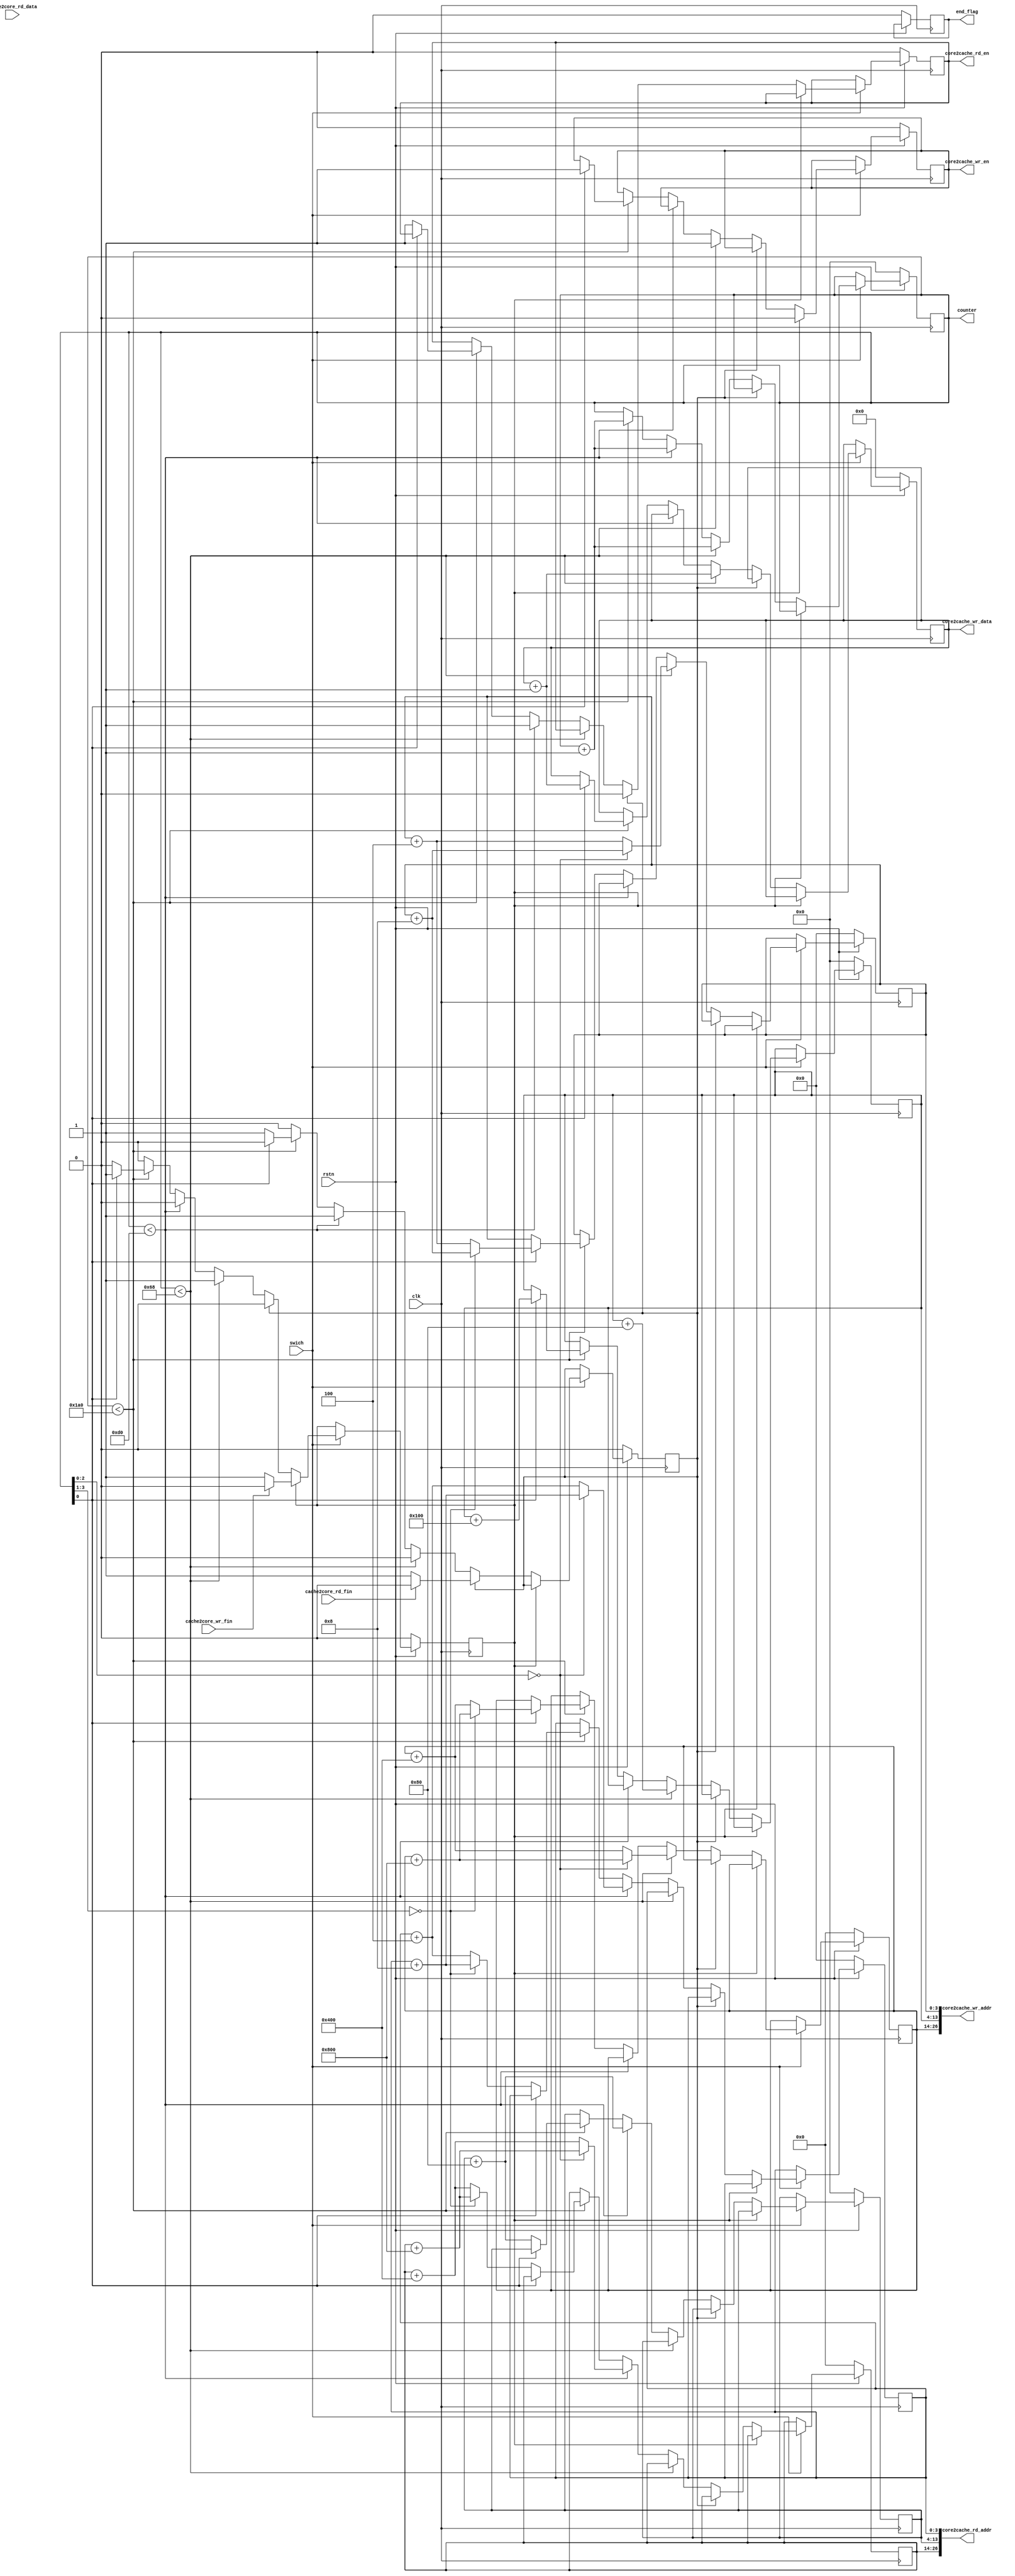
module cache_debug_core (
    input clk, rstn,
    input wire cache2core_wr_fin,
    input wire cache2core_rd_fin,
    input wire [31:0] cache2core_rd_data,
    output wire [26:0] core2cache_rd_addr,
    output wire [26:0] core2cache_wr_addr,
    output reg [31:0] core2cache_wr_data,
    output reg core2cache_rd_en,
    output reg core2cache_wr_en,
    (* mark_debug = "true" *) input wire swich,
    output reg end_flag,
    (* mark_debug = "true" *) output reg [9:0] counter
);

reg wr_wait;
reg rd_wait;

(* mark_debug = "true" *) reg [31:0] clk_counter;

reg [12:0] core2cache_rd_addr_tag;
reg [9:0] core2cache_rd_addr_index;
reg [3:0] core2cache_rd_addr_offset;
assign core2cache_rd_addr = {core2cache_rd_addr_tag, core2cache_rd_addr_index, core2cache_rd_addr_offset};

reg [12:0] core2cache_wr_addr_tag;
reg [9:0] core2cache_wr_addr_index;
reg [3:0] core2cache_wr_addr_offset;
assign core2cache_wr_addr = {core2cache_wr_addr_tag, core2cache_wr_addr_index, core2cache_wr_addr_offset};

// (* mark_debug = "true" *) reg [9:0] counter;

reg swich_flag;

always @(posedge clk) begin
    if (~rstn) begin
        core2cache_wr_data <= 32'd0;
        core2cache_rd_en <= 1'b0;
        core2cache_wr_en <= 1'b0;
        wr_wait <= 1'b0;
        rd_wait <= 1'b0;
        core2cache_rd_addr_tag <= 13'd0;
        core2cache_rd_addr_index <= 10'd0;
        core2cache_rd_addr_offset <= 4'd0;
        core2cache_wr_addr_tag <= 13'd0;
        core2cache_wr_addr_index <= 10'd0;
        core2cache_wr_addr_offset <= 4'd0;
        counter <= 10'd0;
        swich_flag <= 1'b0;
        end_flag <= 1'b0;
        clk_counter <= 32'd0;
    end else if (swich) begin
        clk_counter <= clk_counter + 32'd1;
        if (wr_wait) begin
            core2cache_wr_en <= 1'b0;
            core2cache_wr_data <= core2cache_wr_data;
            core2cache_rd_addr_tag <= core2cache_rd_addr_tag;
            core2cache_rd_addr_index <= core2cache_rd_addr_index;
            core2cache_rd_addr_offset <= core2cache_rd_addr_offset;
            core2cache_wr_addr_tag <= core2cache_wr_addr_tag;
            core2cache_wr_addr_index <= core2cache_wr_addr_index;
            core2cache_wr_addr_offset <= core2cache_wr_addr_offset;
            if (cache2core_wr_fin) begin
                wr_wait <= 1'b0;
            end else begin
                wr_wait <= 1'b1;
            end
        end else if (rd_wait) begin
            core2cache_rd_en <= 1'b0;
            core2cache_wr_data <= core2cache_wr_data;
            core2cache_rd_addr_tag <= core2cache_rd_addr_tag;
            core2cache_rd_addr_index <= core2cache_rd_addr_index;
            core2cache_rd_addr_offset <= core2cache_rd_addr_offset;
            core2cache_wr_addr_tag <= core2cache_wr_addr_tag;
            core2cache_wr_addr_index <= core2cache_wr_addr_index;
            core2cache_wr_addr_offset <= core2cache_wr_addr_offset;
            if (cache2core_rd_fin) begin
                rd_wait <= 1'b0;
            end else begin
                rd_wait <= 1'b1;
            end
        // end else if (counter == 10'd0) begin
        //     counter <= counter + 10'd1;
        //     core2cache_wr_addr_tag <= {3'd0, 4'h0, 6'd0};
        //     core2cache_wr_addr_index <= {6'd0, 4'h0};
        //     core2cache_wr_addr_offset <= {2'b00, 2'd0};
        //     core2cache_wr_en <= 1'b1;
        //     core2cache_wr_data <= 32'h0000ffff;
        //     wr_wait <= 1'b1;
        // end else if (counter == 10'd1) begin
        //     counter <= counter + 10'd1;
        //     core2cache_wr_addr_tag <= {3'd0, 4'h0, 6'd0};
        //     core2cache_wr_addr_index <= {6'd0, 4'h4};
        //     core2cache_wr_addr_offset <= {2'b01, 2'd0};
        //     core2cache_wr_en <= 1'b1;
        //     core2cache_wr_data <= 32'h0000ff00;
        //     wr_wait <= 1'b1;
        // end else if (counter == 10'd2) begin
        //     counter <= counter + 10'd1;
        //     core2cache_wr_addr_tag <= {3'd0, 4'h0, 6'd0};
        //     core2cache_wr_addr_index <= {6'd0, 4'h4};
        //     core2cache_wr_addr_offset <= {2'b11, 2'd0};
        //     core2cache_wr_en <= 1'b1;
        //     core2cache_wr_data <= 32'h00003333;
        //     wr_wait <= 1'b1;
        // end else if (counter == 10'd3) begin
        //     counter <= counter + 10'd1;
        //     core2cache_wr_addr_tag <= {3'd0, 4'h0, 6'd0};
        //     core2cache_wr_addr_index <= {6'd0, 4'h8};
        //     core2cache_wr_addr_offset <= {2'b11, 2'd0};
        //     core2cache_wr_en <= 1'b1;
        //     core2cache_wr_data <= 32'h0000f80f;
        //     wr_wait <= 1'b1;
        // end else if (counter == 10'd4) begin
        //     counter <= counter + 10'd1;
        //     core2cache_wr_addr_tag <= {3'd0, 4'h0, 6'd0};
        //     core2cache_wr_addr_index <= {6'd0, 4'h8};
        //     core2cache_wr_addr_offset <= {2'b10, 2'd0};
        //     core2cache_wr_en <= 1'b1;
        //     core2cache_wr_data <= 32'h00001234;
        //     wr_wait <= 1'b1;
        // end else if (counter == 10'd5) begin
        //     counter <= counter + 10'd1;
        //     core2cache_wr_addr_tag <= {3'd0, 4'h0, 6'd0};
        //     core2cache_wr_addr_index <= {6'd0, 4'h0};
        //     core2cache_wr_addr_offset <= {2'b11, 2'd0};
        //     core2cache_wr_en <= 1'b1;
        //     core2cache_wr_data <= 32'h0000aaaa;
        //     wr_wait <= 1'b1;
        // end else if (counter == 10'd6) begin
        //     counter <= counter + 10'd1;
        //     core2cache_rd_addr_tag <= {3'd0, 4'h0, 6'd0};
        //     core2cache_rd_addr_index <= {6'd0, 4'h0};
        //     core2cache_rd_addr_offset <= {2'b00, 2'd0};
        //     core2cache_rd_en <= 1'b1;
        //     rd_wait <= 1'b1;
        // end else if (counter == 10'd7) begin
        //     counter <= counter + 10'd1;
        //     core2cache_rd_addr_tag <= {3'd0, 4'h0, 6'd0};
        //     core2cache_rd_addr_index <= {6'd0, 4'h4};
        //     core2cache_rd_addr_offset <= {2'b11, 2'd0};
        //     core2cache_rd_en <= 1'b1;
        //     rd_wait <= 1'b1;
        // end else if (counter == 10'd8) begin
        //     counter <= counter + 10'd1;
        //     core2cache_wr_addr_tag <= {3'd0, 4'h4, 6'd0};
        //     core2cache_wr_addr_index <= {6'd0, 4'h4};
        //     core2cache_wr_addr_offset <= {2'b00, 2'd0};
        //     core2cache_wr_en <= 1'b1;
        //     core2cache_wr_data <= 32'h00009999;
        //     wr_wait <= 1'b1;
        // end else if (counter == 10'd9) begin
        //     counter <= counter + 10'd1;
        //     core2cache_rd_addr_tag <= {3'd0, 4'h0, 6'd0};
        //     core2cache_rd_addr_index <= {6'd0, 4'h4};
        //     core2cache_rd_addr_offset <= {2'b01, 2'd0};
        //     core2cache_rd_en <= 1'b1;
        //     rd_wait <= 1'b1;
        // end else if (counter > 10'd100) begin
        //     counter <= 10'd0;
        // end else begin
        //     end_flag <= 1'b1;
        //     counter <= counter +10'd1;
        // end
        // end else if (counter < 10'd100) begin
        //     counter <= counter + 10'd1;
        //     core2cache_wr_addr_tag <= core2cache_wr_addr_tag + 13'b0000100000000;
        //     core2cache_wr_addr_index <= core2cache_wr_addr_index + 10'b0101000000;
        //     core2cache_wr_addr_offset <= core2cache_wr_addr_offset + 4'b1100;
        //     core2cache_wr_en <= 1'b1;
        //     core2cache_wr_data <= core2cache_wr_data + 32'd1;
        //     wr_wait <= 1'b1;
        // end else if (counter < 10'd200) begin
        //     counter <= counter + 10'd1;
        //     core2cache_rd_addr_tag <= core2cache_rd_addr_tag + 13'b0000100000000;
        //     core2cache_rd_addr_index <= core2cache_rd_addr_index + 10'b0101000000;
        //     core2cache_rd_addr_offset <= core2cache_rd_addr_offset + 4'b1100;
        //     core2cache_rd_en <= 1'b1;
        //     rd_wait <= 1'b1;
        // end else if (counter < 10'd400) begin
        //     counter <= counter + 10'd1;
        //     if (counter[0]) begin
        //         core2cache_wr_addr_tag <= core2cache_wr_addr_tag + 13'b0000100000000;
        //         core2cache_wr_addr_index <= core2cache_wr_addr_index + 10'b01010000000;
        //         core2cache_wr_addr_offset <= core2cache_wr_addr_offset + 4'b1100;
        //         core2cache_wr_en <= 1'b1;
        //         core2cache_wr_data <= core2cache_wr_data + 32'd1;
        //         wr_wait <= 1'b1;
        //     end else begin
        //         core2cache_rd_addr_tag <= core2cache_rd_addr_tag + 13'b0000100000000;
        //         core2cache_rd_addr_index <= core2cache_rd_addr_index + 10'b0101000000;
        //         core2cache_rd_addr_offset <= core2cache_rd_addr_offset + 4'b1100;
        //         core2cache_rd_en <= 1'b1;
        //         rd_wait <= 1'b1;
        //     end
        end else if (counter < 10'd104) begin
            counter <= counter + 10'd1;
            if (counter[2:0] == 3'b000) core2cache_wr_addr_tag <= core2cache_wr_addr_tag + 13'b0100000000000;
            else core2cache_wr_addr_tag <= core2cache_wr_addr_tag + 13'b0010000000000;
            core2cache_wr_addr_index <= core2cache_wr_addr_index + 10'b0010000000;
            if (counter[2:0] == 3'b000) core2cache_wr_addr_offset <= core2cache_wr_addr_offset + 4'b1000;
            else core2cache_wr_addr_offset <= core2cache_wr_addr_offset + 4'b0100;
            core2cache_wr_en <= 1'b1;
            core2cache_wr_data <= core2cache_wr_data + 32'd1;
            wr_wait <= 1'b1;
        end else if (counter < 10'd208) begin
            counter <= counter + 10'd1;
            if (counter[2:0] == 3'b000) core2cache_rd_addr_tag <= core2cache_rd_addr_tag + 13'b0100000000000;
            else core2cache_rd_addr_tag <= core2cache_rd_addr_tag + 13'b0010000000000;
            core2cache_rd_addr_index <= core2cache_rd_addr_index + 10'b0010000000;
            if (counter[2:0] == 3'b000) core2cache_rd_addr_offset <= core2cache_rd_addr_offset + 4'b1000;
            else core2cache_rd_addr_offset <= core2cache_rd_addr_offset + 4'b0100;
            core2cache_rd_en <= 1'b1;
            rd_wait <= 1'b1;
        end else if (counter < 10'd416) begin
            counter <= counter + 10'd1;
            if (counter[0]) begin
                if (counter[3:1] == 3'b000) core2cache_wr_addr_tag <= core2cache_wr_addr_tag + 13'b0100000000000;
                else core2cache_wr_addr_tag <= core2cache_wr_addr_tag + 13'b0010000000000;
                core2cache_wr_addr_index <= core2cache_wr_addr_index + 10'b00100000000;
                if (counter[3:1] == 3'b000) core2cache_wr_addr_offset <= core2cache_wr_addr_offset + 4'b1000;
                else core2cache_wr_addr_offset <= core2cache_wr_addr_offset + 4'b0100;
                core2cache_wr_en <= 1'b1;
                core2cache_wr_data <= core2cache_wr_data + 32'd1;
                wr_wait <= 1'b1;
            end else begin
                if (counter[3:1] == 3'b000) core2cache_rd_addr_tag <= core2cache_rd_addr_tag + 13'b0100000000000;
                else core2cache_rd_addr_tag <= core2cache_rd_addr_tag + 13'b0010000000000;
                core2cache_rd_addr_index <= core2cache_rd_addr_index + 10'b0010000000;
                if (counter[3:1] == 3'b000) core2cache_rd_addr_offset <= core2cache_rd_addr_offset + 4'b1000;
                else core2cache_rd_addr_offset <= core2cache_rd_addr_offset + 4'b0100;
                core2cache_rd_en <= 1'b1;
                rd_wait <= 1'b1;
            end
        // end else begin
        //     counter <= 10'd0;
        // end
        // if (swich_flag ^ swich) begin
        //     counter <= counter + 10'd1;
        //     swich_flag <= ~swich_flag;
        end
    end
end
    
endmodule